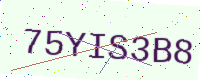
Text: 75YIS3B8